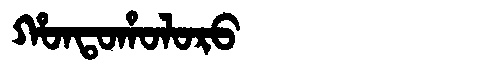
Manchu: ᡥᠣᠨᡨᠣᡥᠣᠯᠣᡵᠣ
Romanization: HONTOHOLORO